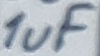
Text: 1uF